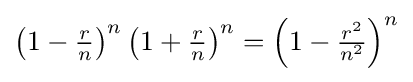
{\textstyle \left(1-{\frac {r}{n}}\right)^{n}\left(1+{\frac {r}{n}}\right)^{n}=\left(1-{\frac {r^{2}}{n^{2}}}\right)^{n}}